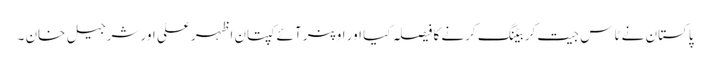
پاکستان نے ٹاس جیت کر بیٹنگ کرنے کا فیصلہ کیا اور اوپنر آئے کپتان اظہر علی اور شرجیل خان ۔